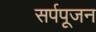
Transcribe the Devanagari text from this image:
सर्पपूजन